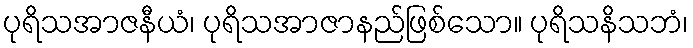
ပုရိသအာဇနီယံ၊ ပုရိသအာဇာနည်ဖြစ်သော။ ပုရိသနိသဘံ၊